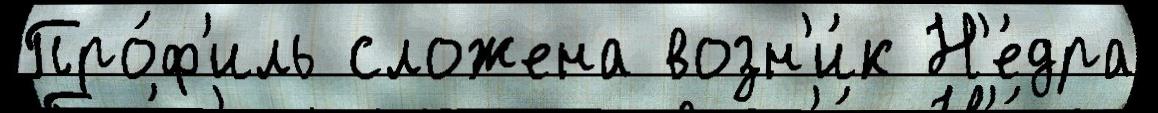
Про́ф'иль сложена возн'и́к Н'е́дра